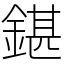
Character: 鍖